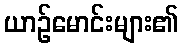
ယာဉ်မောင်းများ၏